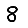
Digit: 8